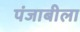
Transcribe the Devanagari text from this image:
पंजाबीला